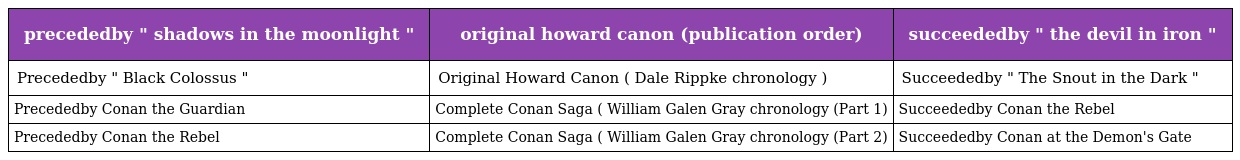
| precededby " shadows in the moonlight " | original howard canon (publication order) | succeededby " the devil in iron " |
 | --- | --- | --- |
 | Precededby " Black Colossus " | Original Howard Canon ( Dale Rippke chronology ) | Succeededby " The Snout in the Dark " |
 | Precededby Conan the Guardian | Complete Conan Saga ( William Galen Gray chronology (Part 1) | Succeededby Conan the Rebel |
 | Precededby Conan the Rebel | Complete Conan Saga ( William Galen Gray chronology (Part 2) | Succeededby Conan at the Demon's Gate |